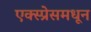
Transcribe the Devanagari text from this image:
एक्स्प्रेसमधून